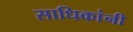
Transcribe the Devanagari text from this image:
साधिकांनी